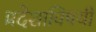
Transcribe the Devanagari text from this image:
प्रदेशाविषयी